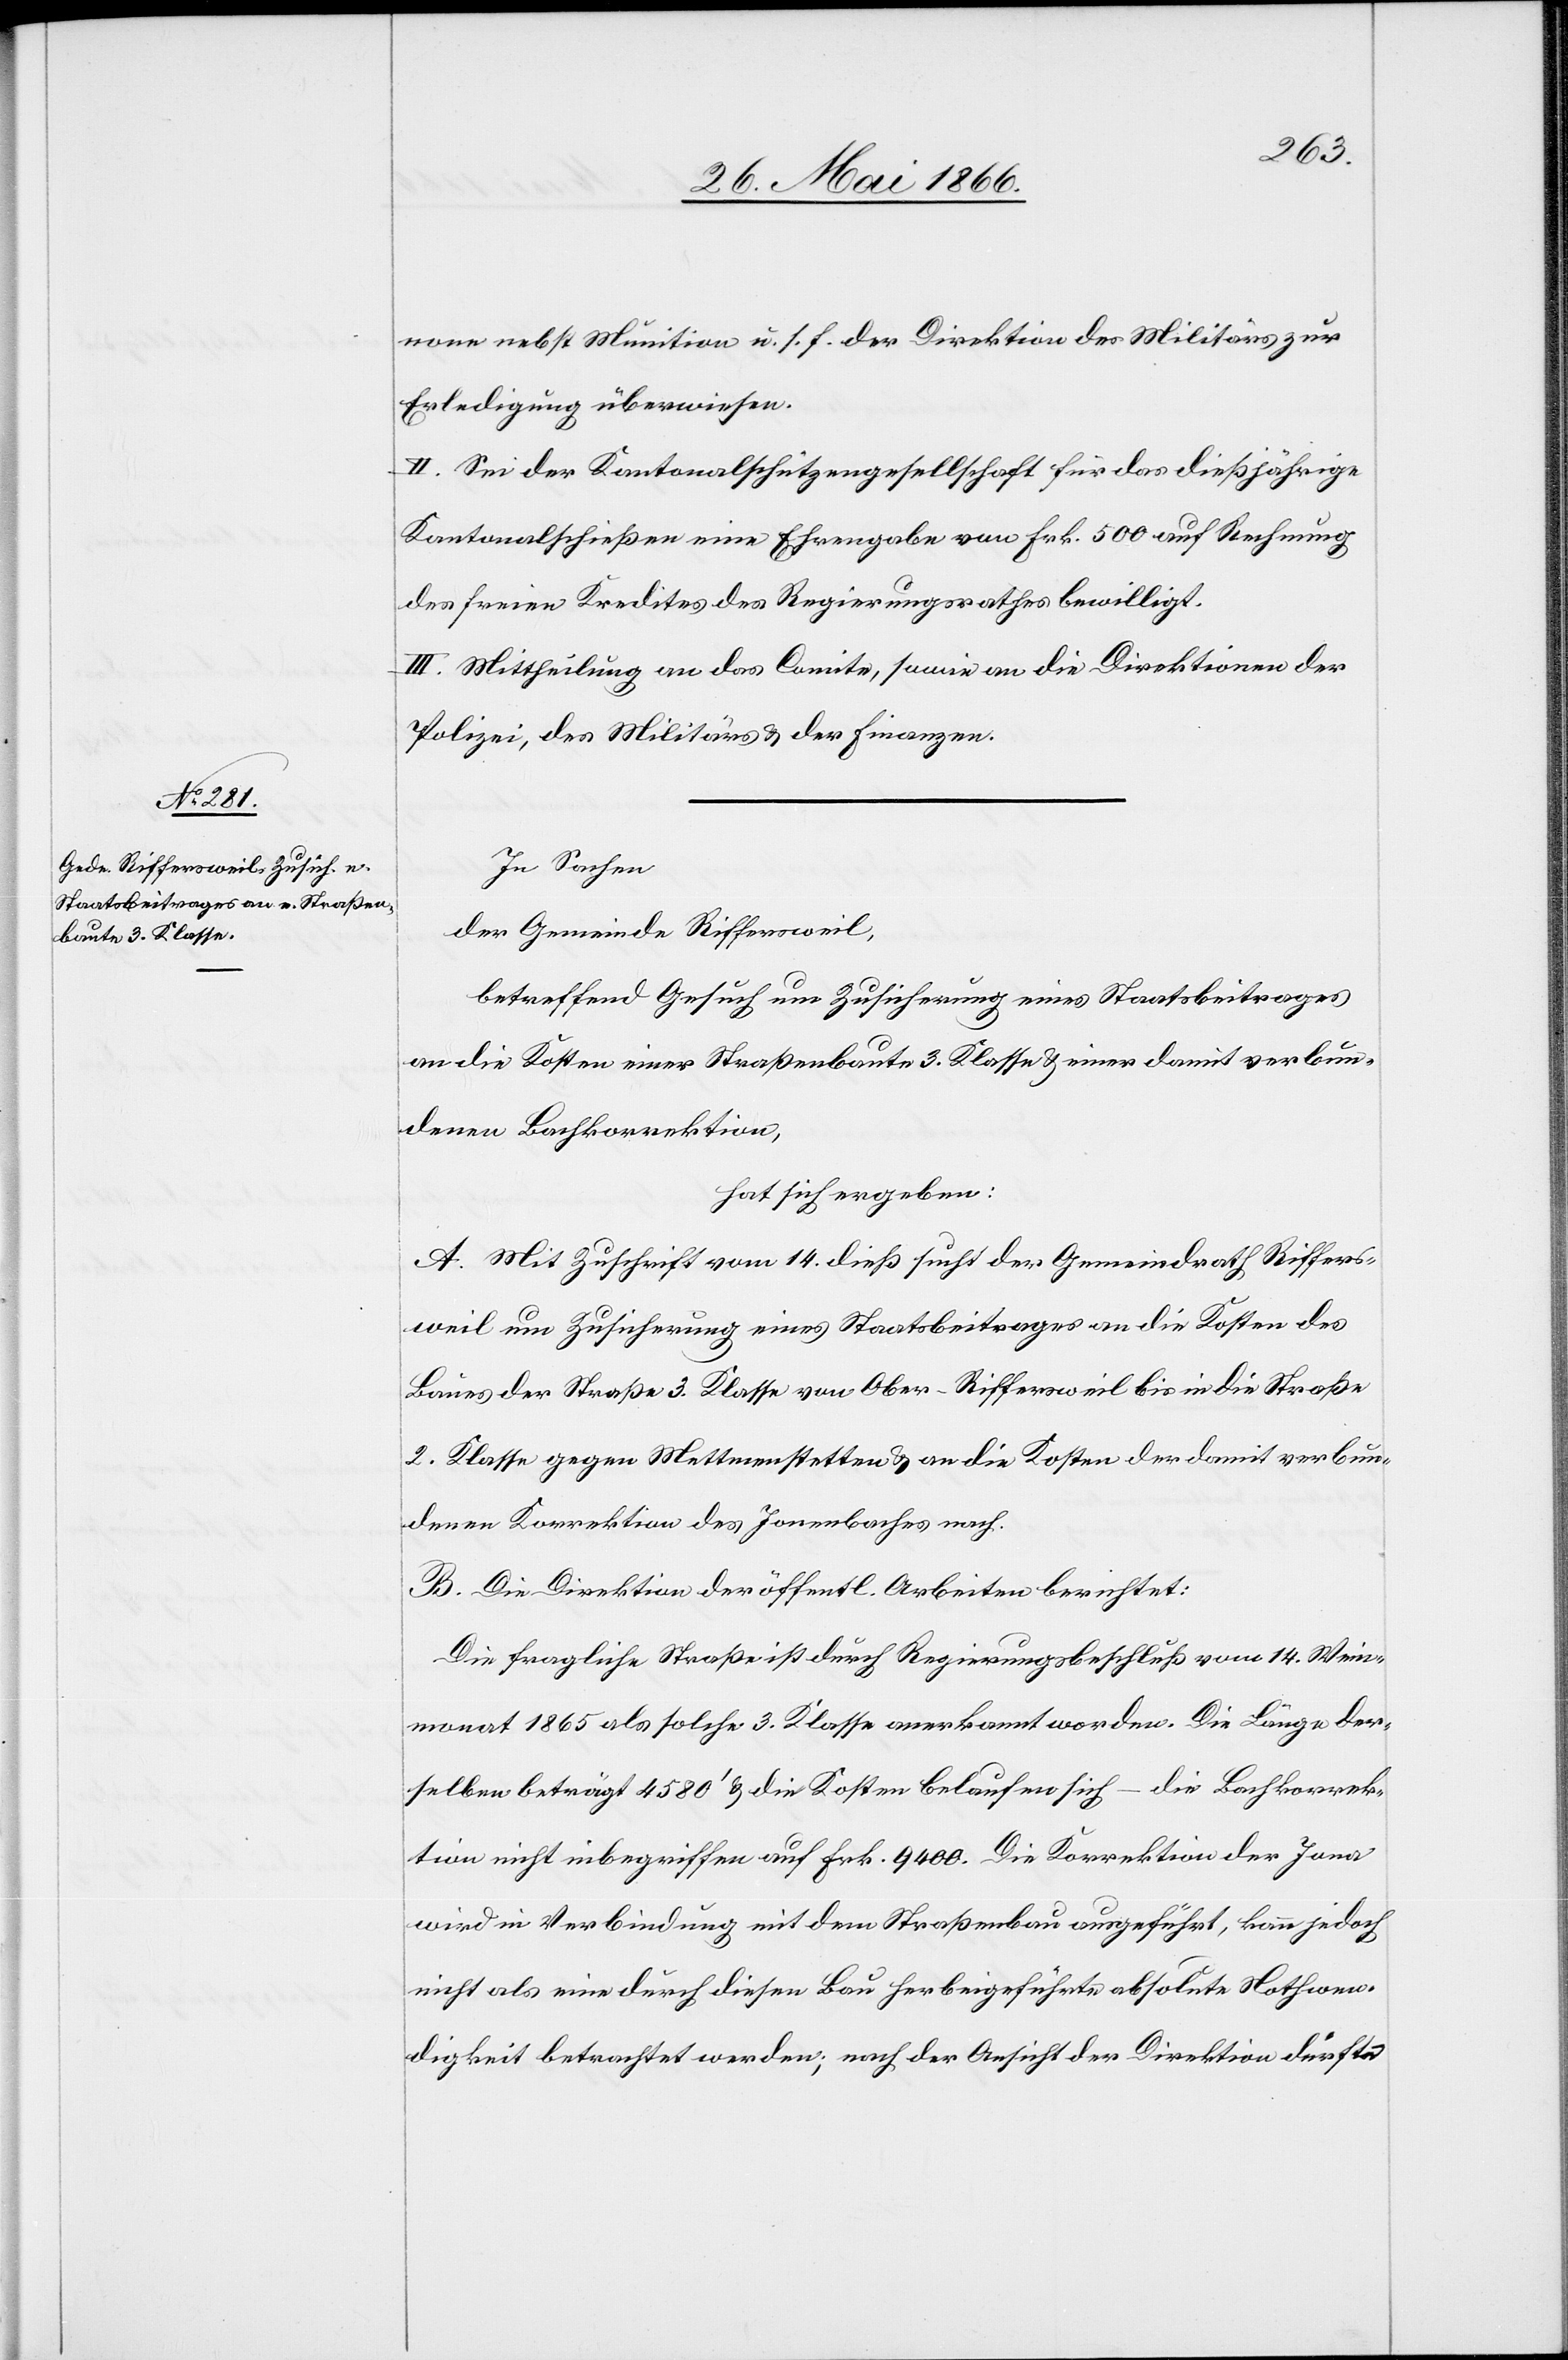
none nebst Munition u. s. f. der Direktion des Militärs zur
Erledigung zu überweisen.
II. sei der Kantonalschützengesellschaft für das dießjährige
Kantonalschießen eine Ehrengabe von Frk. 500 auf Rechnung
des freien Kredites des Regierungsrathes bewilligt.
III. Mittheilung an das Comite, sowie an die Direktionen der
Polizei, des Militärs u. der Finanzen.
In Sachen
der Gemeinde Riffersweil,
betreffend Gesuch um Zusicherung eines Staatsbeitrages
an die Kosten einer Straßenbaute 3. Klasse u. einer damit verbun¬
denen Bachkorrektion,
hat sich ergeben:
A. Mit Zuschrift vom 14. dieß sucht der Gemeindrath Riffers¬
weil um Zusicherung eines Staatsbeitrages an die Kosten des
Baues der Straße 3. Klasse von Ober-Riffersweil bis in die Straße
2. Klasse gegen Mettmenstetten u. an die Kosten der damit verbun¬
denen Korrektion des Jonenbaches nach.
B. Die Direktion der öffentl. Arbeiten berichtet:
Die fragliche Straße ist durch Regierungsbeschluß vom 14. Wein¬
monat 1865 als solche 3. Klasse anerkannt worden. Die Länge der¬
selben beträgt 4580‘ u. die Kosten belaufen sich – die Bachkorrek¬
tion nicht inbegriffen auf Frk. 9400. Die Korrektion der Jona
wird in Verbindung mit dem Straßenbau angeführt, kann jedoch
nicht als eine durch diesen Bau herbeigeführte absolute Nothwen¬
digkeit betrachtet werden; nach der Ansicht der Direktion dürfte